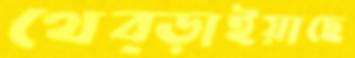
থেব্‌ড়াইয়াছে